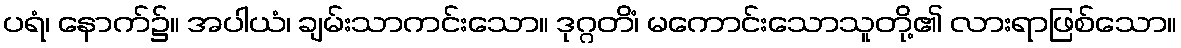
ပရံ၊ နောက်၌။ အပါယံ၊ ချမ်းသာကင်းသော။ ဒုဂ္ဂတိံ၊ မကောင်းသောသူတို့၏ လားရာဖြစ်သော။